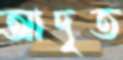
আদৃত